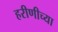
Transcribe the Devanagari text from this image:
हरीणीच्या